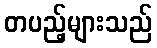
တပည့်များသည်